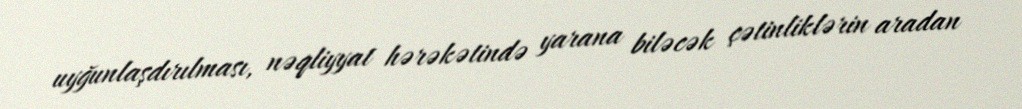
uyğunlaşdırılması, nəqliyyat hərəkətində yarana biləcək çətinliklərin aradan